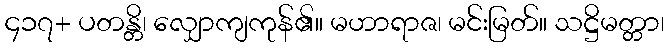
၄၁၇+ ပတန္တိ၊ လျှောကျကုန်၏။ မဟာရာဇ၊ မင်းမြတ်။ သဋ္ဌိမတ္တာ၊